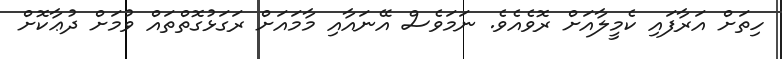
ހިތަށް އަރާފައި ކެމީލާއަށް ރޮވެއެވެ. ނަމަވެސް އޭނައާއި މާމައަށް ރަގަޅުގޮތްތައް ވުމަށް ދުޢާކޮށް